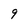
Character: 9